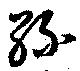
緑